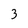
Character: 3